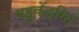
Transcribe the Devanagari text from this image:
बहुकेंद्रित